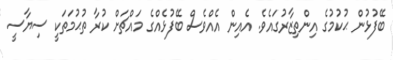
ބޭފުޅުން ޙުކުމުގެ އިންތިޒާރުގައެވެ. އެއިން އެއްވެސް ބޭފުޅެއްގެ މައްޗަށް ކުރާ ތުޙުމަތަކީ ސިޔާސީ